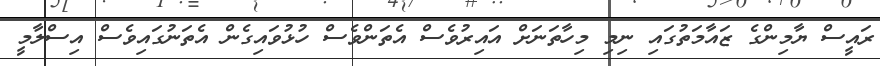
ރައީސް ޔާމިންގެ ޒައާމަތުގައި ނިމި މިހާތަނަށް އައިރުވެސް އެތަންވެސް ހުޅުވައިގެން އެތަނުގައިވެސް އިސްލާމީ